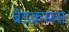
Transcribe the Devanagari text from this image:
ब्रेडक्रम्ब्स